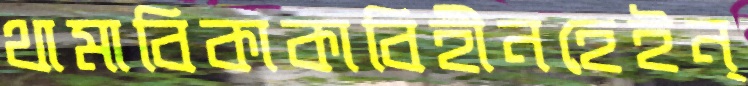
থামাবিকাকাবিহীনহেইন্